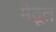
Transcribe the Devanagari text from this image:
मेद्रूत